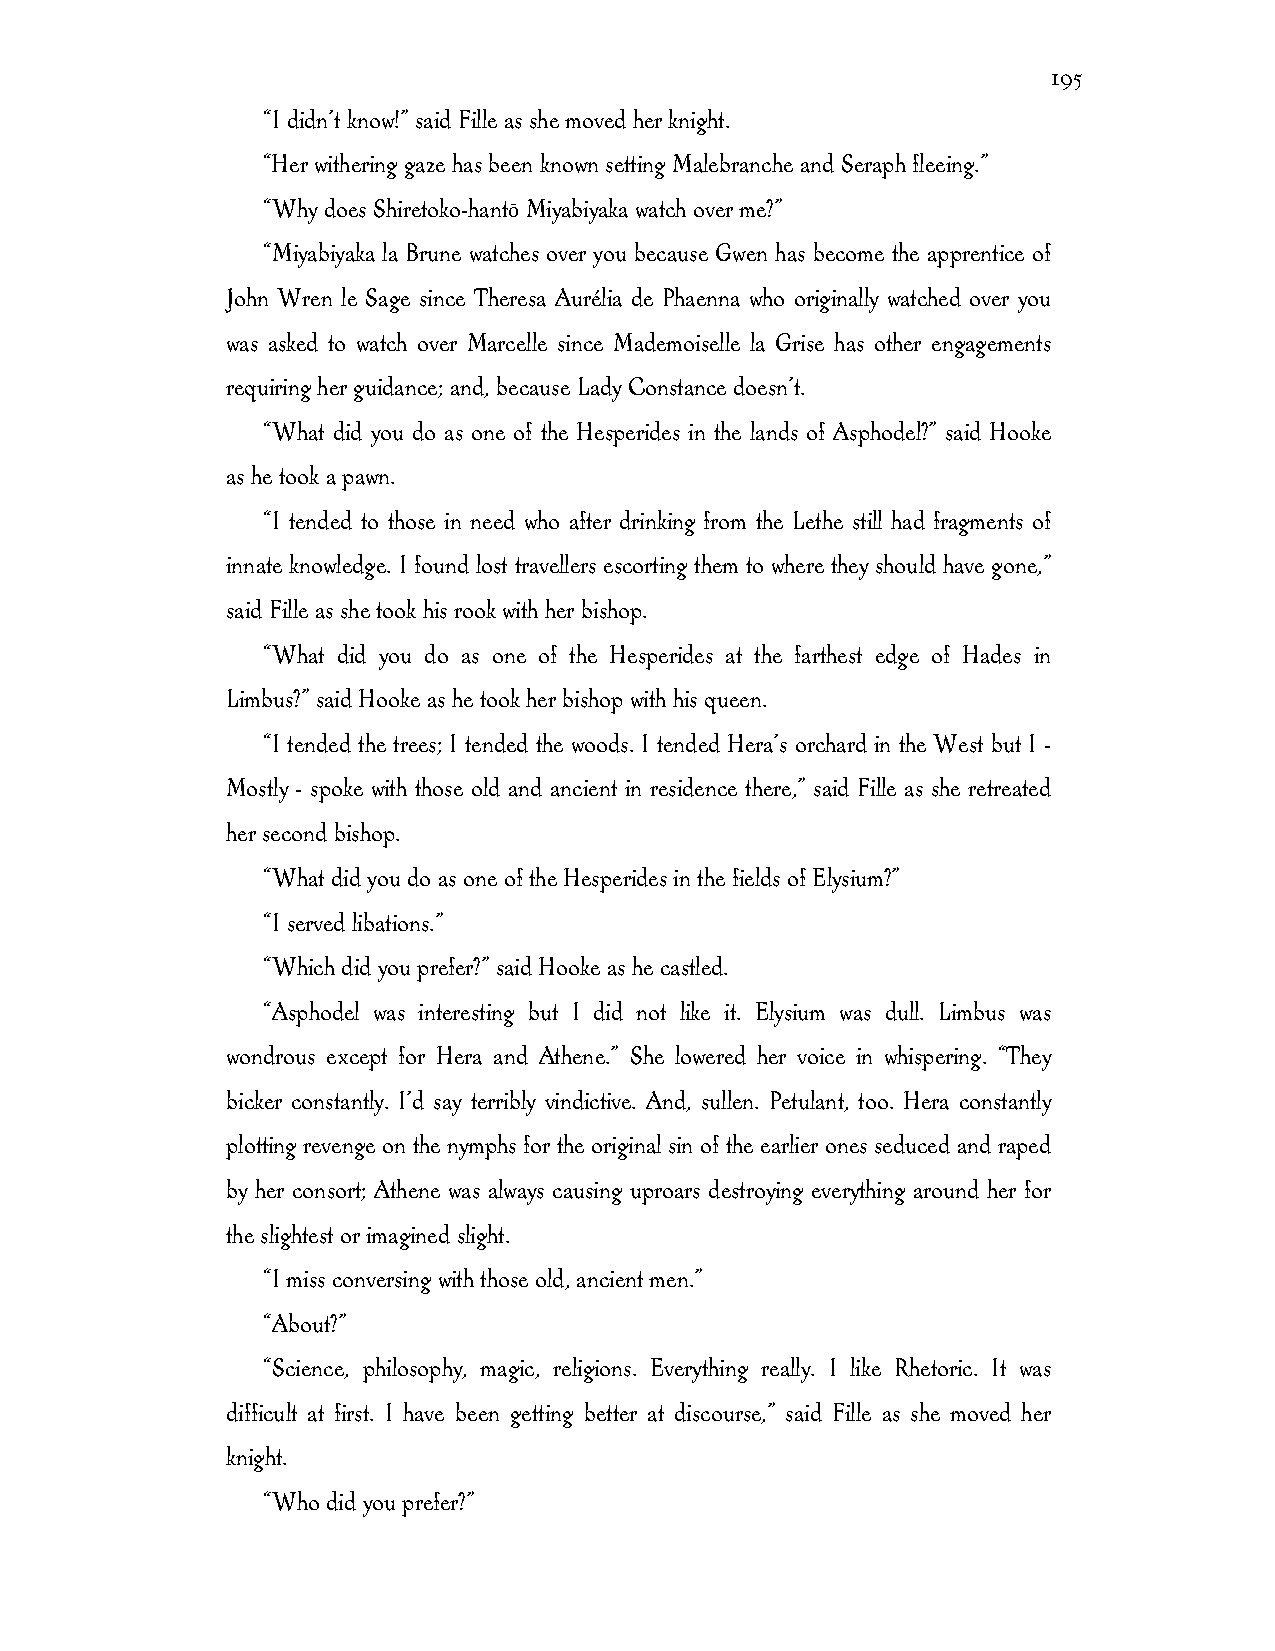
195
 “I didn’t know!” said Fille as she moved her knight.
 “Her withering gaze has been known setting Malebranche and Seraph fleeing.”
 “Why does Shiretoko-hantō Miyabiyaka watch over me?”
 “Miyabiyaka la Brune watches over you because Gwen has become the apprentice of
 John Wren le Sage since Theresa Aurélia de Phaenna who originally watched over you
 was asked to watch over Marcelle since Mademoiselle la Grise has other engagements
 requiring her guidance; and, because Lady Constance doesn’t.
 “What did you do as one of the Hesperides in the lands of Asphodel?” said Hooke
 as he took a pawn.
 “I tended to those in need who after drinking from the Lethe still had fragments of
 innate knowledge. I found lost travellers escorting them to where they should have gone,”
 said Fille as she took his rook with her bishop.
 “What did you do as one of the Hesperides at the farthest edge of Hades in
 Limbus?” said Hooke as he took her bishop with his queen.
 “I tended the trees; I tended the woods. I tended Hera’s orchard in the West but I -
 Mostly - spoke with those old and ancient in residence there,” said Fille as she retreated
 her second bishop.
 “What did you do as one of the Hesperides in the fields of Elysium?”
 “I served libations.”
 “Which did you prefer?” said Hooke as he castled.
 “Asphodel was interesting but I did not like it. Elysium was dull. Limbus was
 wondrous except for Hera and Athene.” She lowered her voice in whispering. “They
 bicker constantly. I’d say terribly vindictive. And, sullen. Petulant, too. Hera constantly
 plotting revenge on the nymphs for the original sin of the earlier ones seduced and raped
 by her consort; Athene was always causing uproars destroying everything around her for
 the slightest or imagined slight.
 “I miss conversing with those old, ancient men.”
 “About?”
 “Science, philosophy, magic, religions. Everything really. I like Rhetoric. It was
 difficult at first. I have been getting better at discourse,” said Fille as she moved her
 knight.
 “Who did you prefer?”